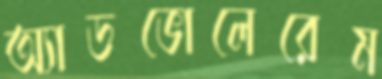
অ্যাডভোলেরেম